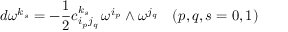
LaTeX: d \omega ^ { k _ { s } } = - \frac { 1 } { 2 } c _ { i _ { p } j _ { q } } ^ { k _ { s } } \, \omega ^ { i _ { p } } \wedge \omega ^ { j _ { q } } \quad ( p , q , s = 0 , 1 )